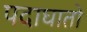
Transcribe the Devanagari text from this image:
पदाघातो